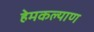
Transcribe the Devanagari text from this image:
हेमकल्याण